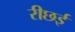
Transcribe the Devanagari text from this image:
रीछई